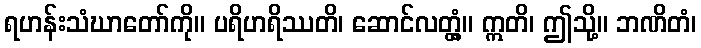
ရဟန်းသံဃာတော်ကို။ ပရိဟရိဿတိ၊ ဆောင်လတ္တံ့။ ဣတိ၊ ဤသို့။ ဘဏိတံ၊